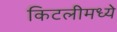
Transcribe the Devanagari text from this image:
किटलीमध्ये